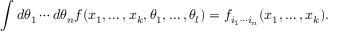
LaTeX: \int d \theta _ { 1 } \cdots d \theta _ { n } f ( x _ { 1 } , \ldots , x _ { k } , \theta _ { 1 } , \ldots , \theta _ { l } ) = f _ { i _ { 1 } \cdots i _ { n } } ( x _ { 1 } , \ldots , x _ { k } ) .